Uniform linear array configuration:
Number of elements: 12
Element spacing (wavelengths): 1
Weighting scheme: blackman
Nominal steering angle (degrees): -60
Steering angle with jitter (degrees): -58.187
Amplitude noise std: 0.05
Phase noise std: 0.05

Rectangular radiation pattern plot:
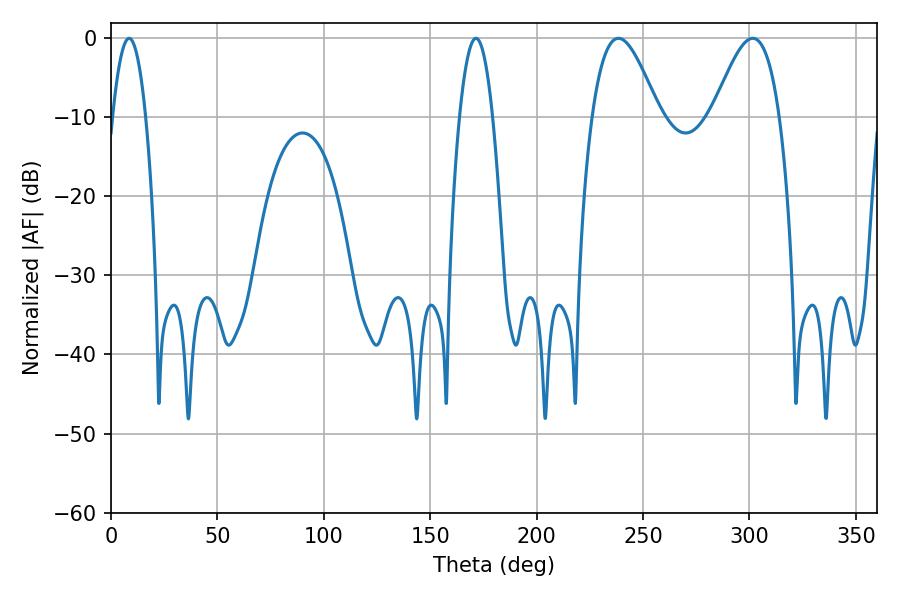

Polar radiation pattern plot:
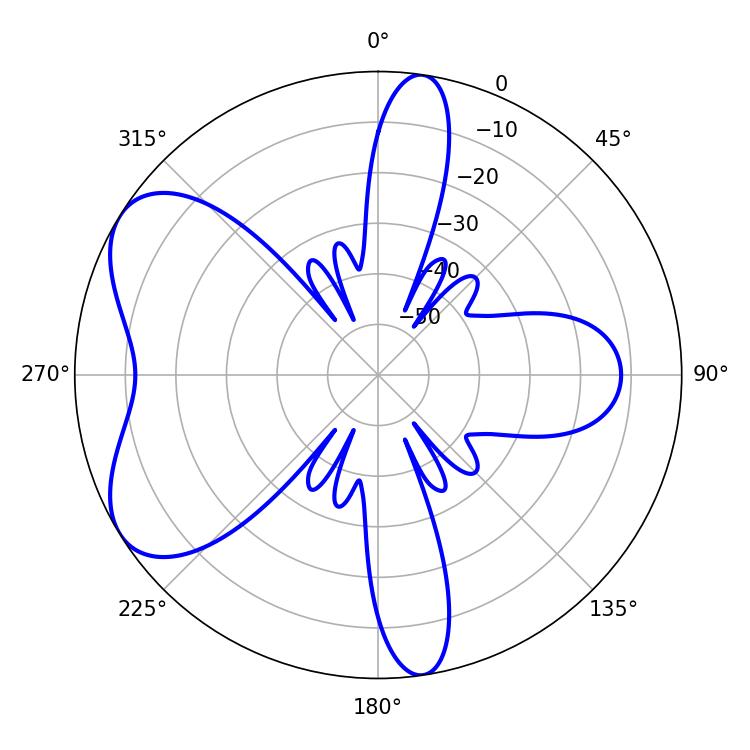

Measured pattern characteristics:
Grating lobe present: TRUE
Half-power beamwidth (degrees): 16.92
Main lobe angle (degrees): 238.5